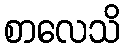
စာလေသိ